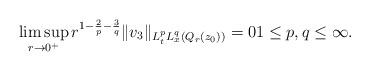
LaTeX: \begin{align*} \limsup_{r \to 0^+} r^{1-\frac{2}{p}-\frac{3}{q}} \|v_3\|_{L^p_tL^q_x(Q_r(z_0))} = 0 1 \leq p,q \leq \infty.\end{align*}